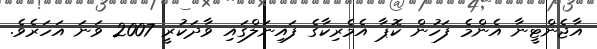
އާޖެންޓީނާ އެންމެ ފަހުން ކޮޕާ އެމެރިކާގެ ފައިނަލްގައި ވާދަކުރީ 2007 ވަނަ އަހަރެވެ.